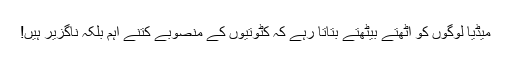
میڈیا لوگوں کو اٹھتے بیٹھتے بتاتا رہے کہ کٹوتیوں کے منصوبے کتنے اہم بلکہ ناگزیر ہیں!